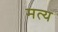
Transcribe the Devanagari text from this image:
मत्य